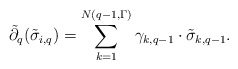
\begin{align*}\tilde{\partial}_q(\tilde{\sigma}_{i,q})=\sum_{k=1}^{N(q-1,\Gamma)}\gamma_{k,q-1}\cdot\tilde{\sigma}_{k,q-1}.\end{align*}